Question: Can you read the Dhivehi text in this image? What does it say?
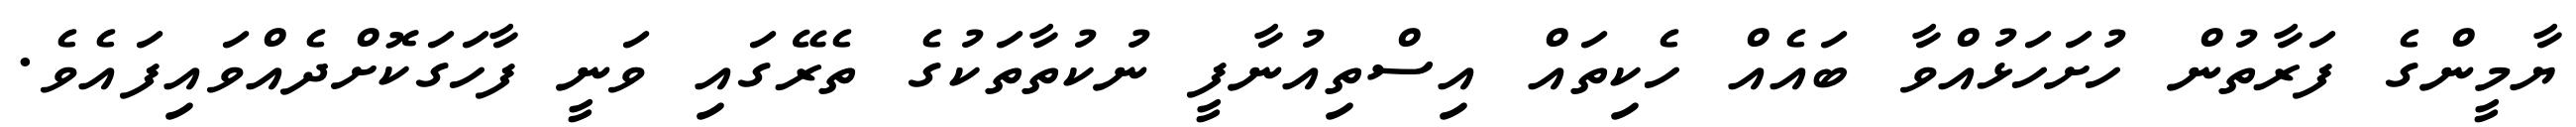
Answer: ޔާމީންގެ ފަރާތުން ހުށަހަޅުއްވާ ބައެއް ހެކިތައް އިސްތިއުނާފީ ނުކުތާތަކުގެ ތެރޭގައި ވަނީ ފާހަގަކޮށްދެއްވައިފައެވެ.